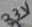
Text: 3.3V